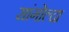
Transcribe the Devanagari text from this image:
सांगोल्दा